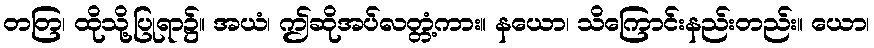
တတြ၊ ထိုသို့ပြုရာ၌။ အယံ၊ ဤဆိုအပ်လတ္တံ့ကား။ နယော၊ သိကြောင်းနည်းတည်း။ ယော၊